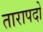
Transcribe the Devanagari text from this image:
तारापदो